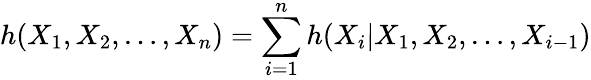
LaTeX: h(X_{1},X_{2},\ldots,X_{n})=\sum_{i=1}^{n}h(X_{i}|X_{1},X_{2},\ldots,X_{i-1})